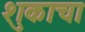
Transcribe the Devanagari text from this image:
शुकाचा